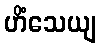
ဟိံသေယျ